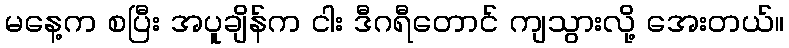
မနေ့က စပြီး အပူချိန်က ငါး ဒီဂရီတောင် ကျသွားလို့ အေးတယ်။